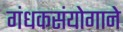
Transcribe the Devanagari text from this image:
गंधकसंयोगाने